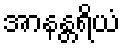
အာနန္တရိယံ